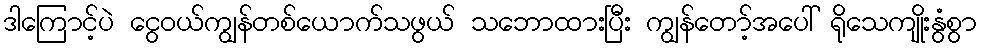
ဒါကြောင့်ပဲ ငွေဝယ်ကျွန်တစ်ယောက်သဖွယ် သဘောထားပြီး ကျွန်တော့်အပေါ် ရိုသေကျိုးနွံစွာ